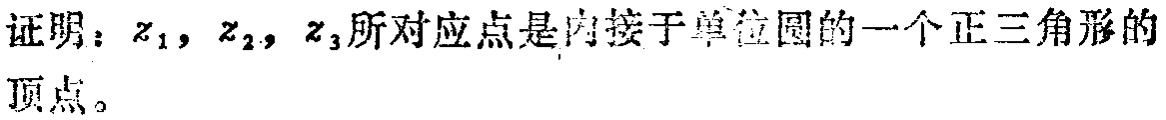
证明：$z_1,z_2,z_3$所对应点是内接于单位圆的一个正三角形的顶点。